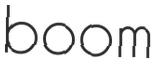
boom